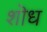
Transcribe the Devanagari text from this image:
शॊध